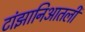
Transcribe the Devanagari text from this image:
टांझानिआतली